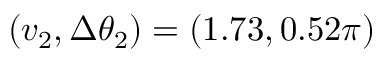
( v _ { 2 } , \Delta \theta _ { 2 } ) = ( 1 . 7 3 , 0 . 5 2 \pi )